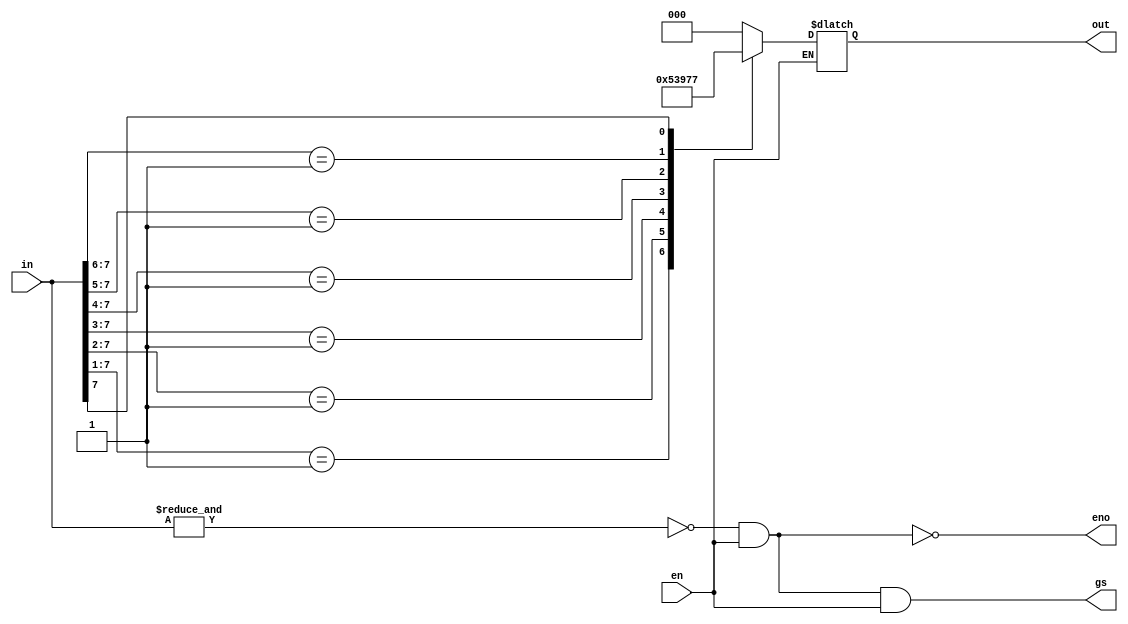
module dvsd_pe (en, in, eno, gs, out);

	input en;	//Enable Input
	input [7:0]in;	//8 Input line 
	
	output eno, gs;	//Enable outputs
	output reg [2:0]out;	//3 Output lines
	
	wire _a_;

// Compiling enable outputs  
 assign _a_ = ~& in ;
 assign eno = ~(_a_ & en);
 assign gs = ~eno & en;
 
always@(in, en)
	begin if (en)

		casex(in)
	
		// Default Priority set at High Impedance 
		8'b00000000:out = 3'bzzz;

		// Lowest Priority
		8'b00000001:out = 3'b000;
		8'b0000001x:out = 3'b001;
		8'b000001xx:out = 3'b010;
		8'b00001xxx:out = 3'b011;
		8'b0001xxxx:out = 3'b100;
		8'b001xxxxx:out = 3'b101;
		8'b01xxxxxx:out = 3'b110;
		8'b1xxxxxxx:out = 3'b111;
		// Highest Priority

		endcase
	end
endmodule